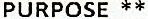
PURPOSE **